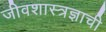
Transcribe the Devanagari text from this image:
जीवशास्त्रज्ञाची